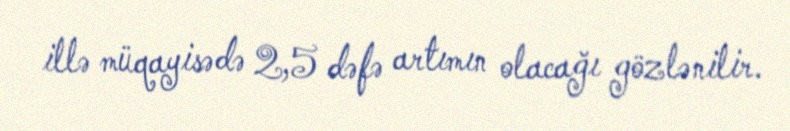
illə müqayisədə 2,5 dəfə artımın olacağı gözlənilir.